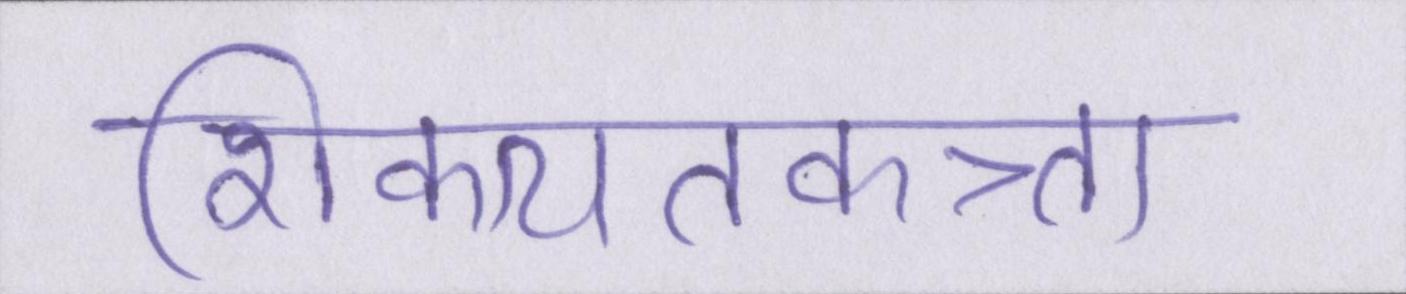
शिकायतकत्र्ता